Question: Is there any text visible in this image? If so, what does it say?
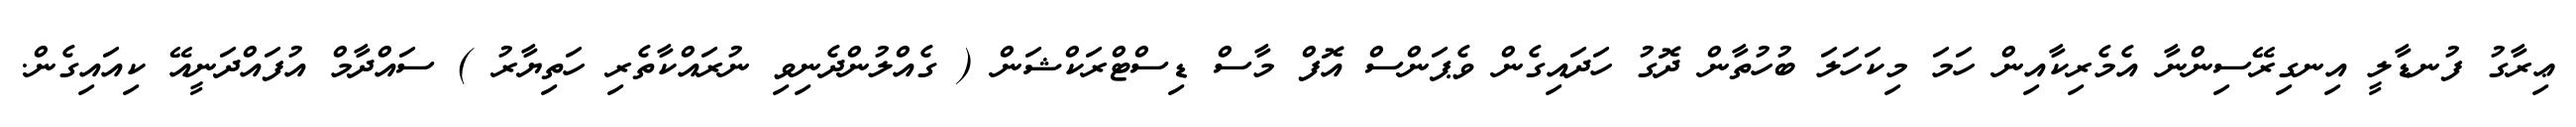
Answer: ޢިރާގު ފުނޑާލީ އިނގިރޭސިންނާ އެމެރިކާއިން ހަމަ މިކަހަލަ ބުހުތާން ދޮގު ހަދައިގެން ވެޕަންސް އޮފް މާސް ޑިސްޓްރަކްޝަން ( ގެއްލުންދެނިވި ނުރައްކާތެރި ހަތިޔާރު ) ސައްދާމް އުފައްދަނީއޭ ކިއައިގެން.